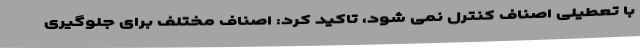
با تعطیلی اصناف کنترل نمی شود، تاکید کرد: اصناف مختلف برای جلوگیری